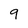
Character: 9